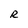
Character: R